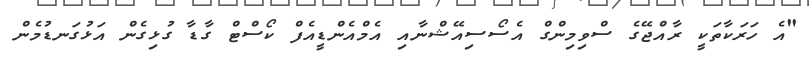
"އެ ހަރަކާތަކީ ރާއްޖޭގެ ސްވިމިންގް އެސޯސިއޭޝްނާއި އެމްއެންޑީއެފް ކޯސްޓް ގާޑާ ގުޅިގެން އަޅުގަނޑުމެން